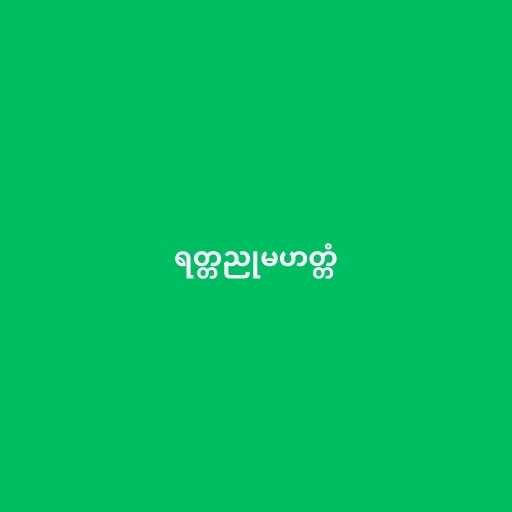
ရတ္တညုမဟတ္တံ